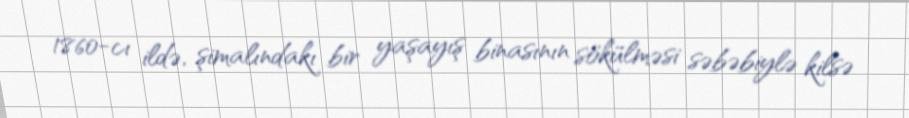
1860-cı ildə, şimalındakı bir yaşayış binasının sökülməsi səbəbiylə kilsə